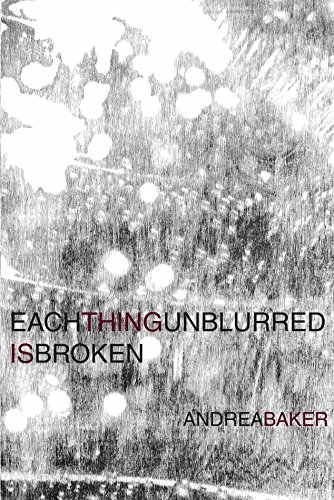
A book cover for Each Thing Unblurred is Broken; Andrea Baker; Literature & Fiction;